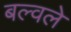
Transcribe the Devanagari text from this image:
बल्वले